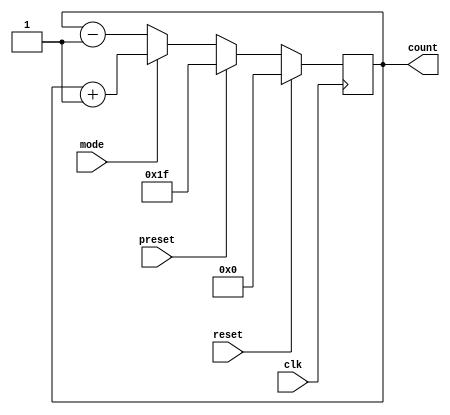
module updowncount(clk,reset,preset,mode,count);
   input reset,preset,clk,mode;
   output [4:0]count;
   reg [4:0]count;
   
    
     
   always@(posedge clk)
    begin
     
     if (reset)
       count <= 5'b00000;
     else if (preset)
       count <= 5'b11111;
     else if (mode == 1) //up counter
       count <= count + 1;
     else if (mode == 0) //down counter
       count <= count - 1;
    end
 endmodule